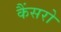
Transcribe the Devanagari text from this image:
कैंसरो